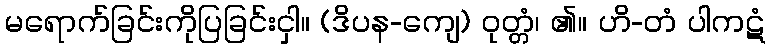
မရောက်ခြင်းကိုပြခြင်းငှါ။ (ဒိပန-ကျေ) ဝုတ္တံ၊ ၏။ ဟိ-တံ ပါကဋံ